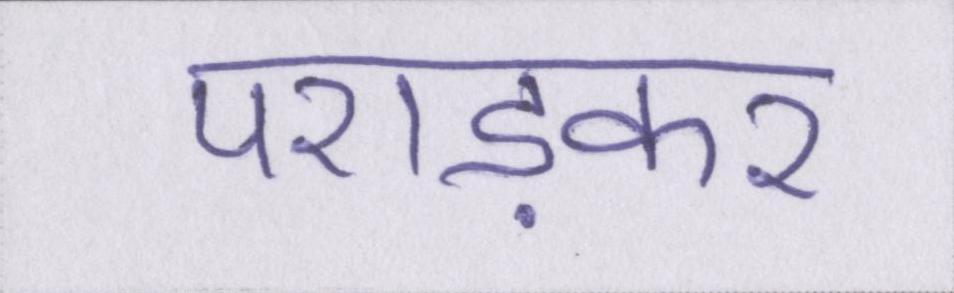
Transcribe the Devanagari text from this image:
पराड़कर